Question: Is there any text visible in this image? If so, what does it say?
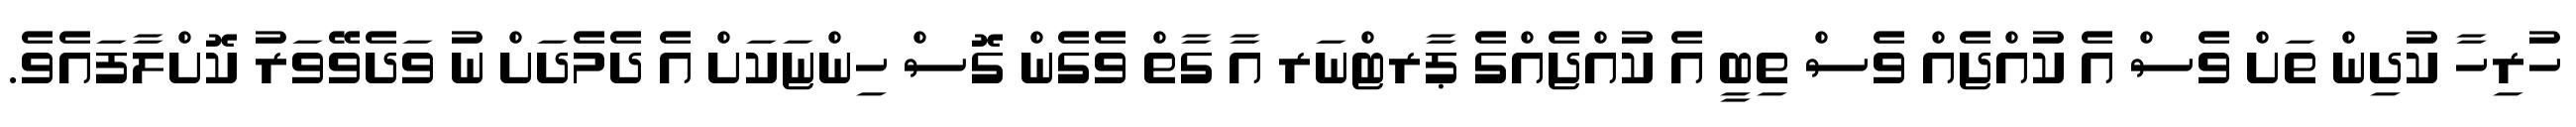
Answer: ހުރިހާ ކުދިން ތަށް ވެސް އެ ކުއްޖެއް ވެސް ތިބީ އެ ކުއްޖެއްގެ ޕާރޓްނަރ އާ ގާތް ވެގެން ގޮސް ހިންޏަކަށް އެ ދެމެދަށް ނު ވަދެވޭވަރު ކޮށްލާފައެވެ.